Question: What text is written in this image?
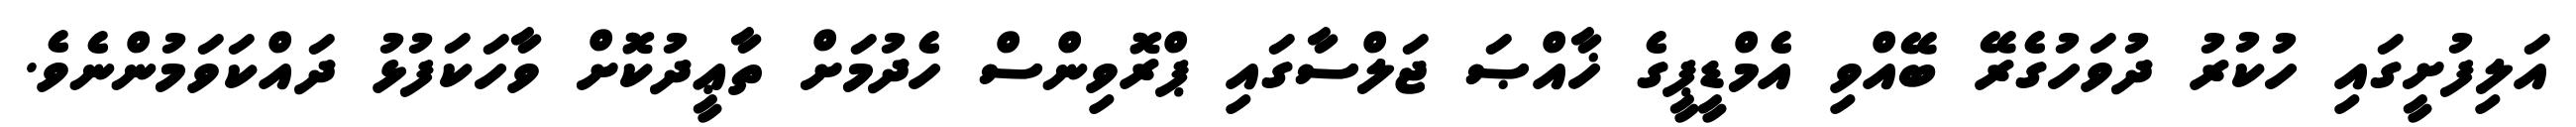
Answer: އަލިފުށީގައި ހުކުރު ދުވަހުގެރޭ ބޭއްވި އެމްޑީޕީގެ ޚާއްޞަ ޖަލްސާގައި ޕްރޮވިންސް ހެދުމަށް ތާޢީދުކޮށް ވާހަކަފުޅު ދައްކަވަމުންނެވެ.